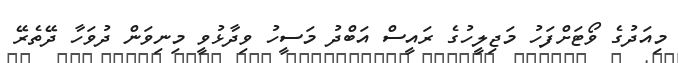
މިއަދުގެ ވޯޓަށްފަހު މަޖިލީހުގެ ރައީސް އަބްދު މަސީހު ވިދާޅުވީ މިނިވަން ދުވަހާ ދޭތެރޭ